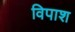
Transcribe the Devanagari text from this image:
विपाश